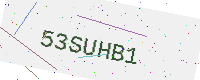
Text: 53SUHB1